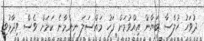
ދުވަހު ހުލާސާ ބަޔާން އިއްވުމަށް ފަހު މައްސަލަ ނިންމާނެ ކަމަށް ވެސް ވިދާޅުވި